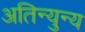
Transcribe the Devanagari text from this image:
अतिन्युन्य